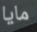
مايا